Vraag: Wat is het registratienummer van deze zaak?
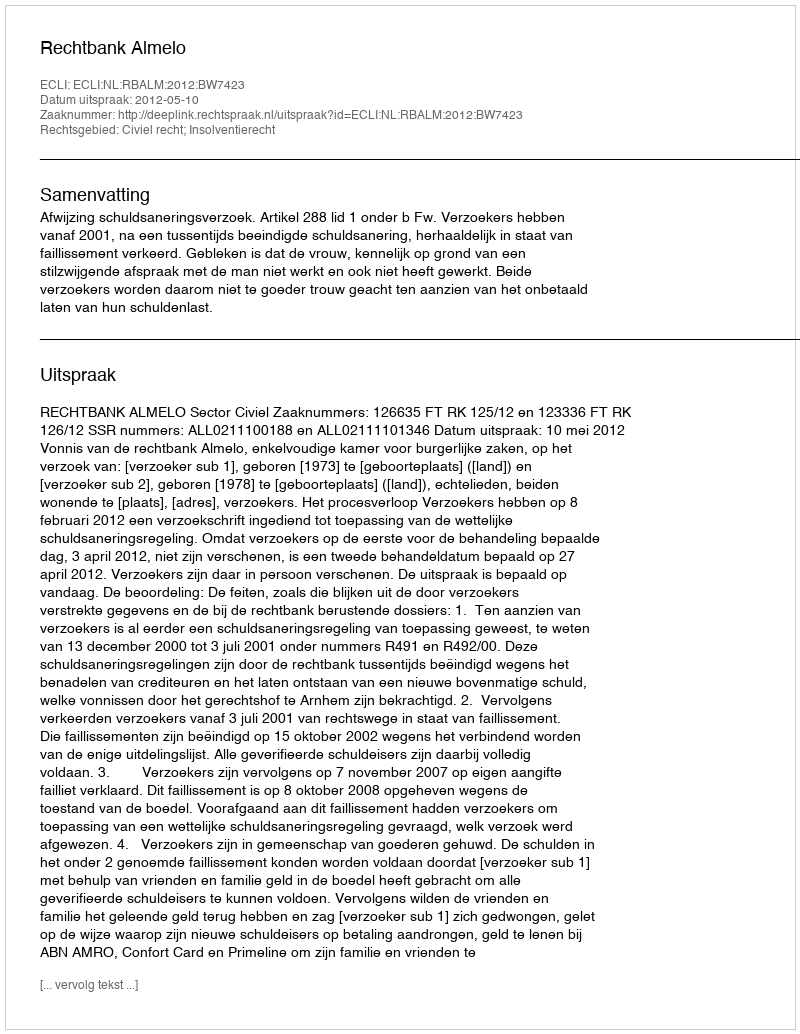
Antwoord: http://deeplink.rechtspraak.nl/uitspraak?id=ECLI:NL:RBALM:2012:BW7423